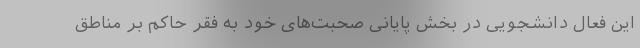
این فعال دانشجویی در بخش پایانی صحبت‌های خود به فقر حاکم بر مناطق